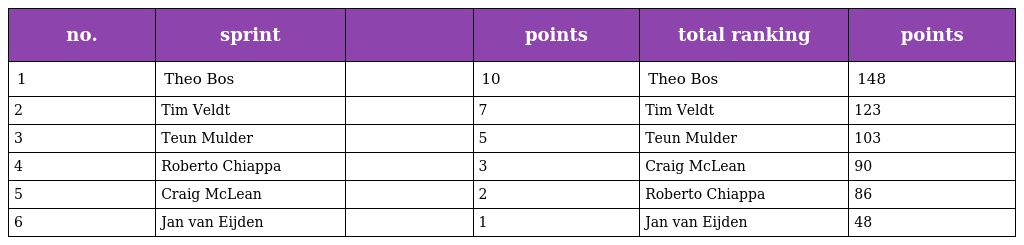
| no. | sprint |  | points | total ranking | points |
 | --- | --- | --- | --- | --- | --- |
 | 1 | Theo Bos |  | 10 | Theo Bos | 148 |
 | 2 | Tim Veldt |  | 7 | Tim Veldt | 123 |
 | 3 | Teun Mulder |  | 5 | Teun Mulder | 103 |
 | 4 | Roberto Chiappa |  | 3 | Craig McLean | 90 |
 | 5 | Craig McLean |  | 2 | Roberto Chiappa | 86 |
 | 6 | Jan van Eijden |  | 1 | Jan van Eijden | 48 |